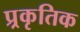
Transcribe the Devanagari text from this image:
प्र्रकृतिक